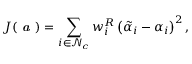
J ( \textbf { \em a } ) = \sum _ { i \in \mathcal { N } _ { c } } w _ { i } ^ { R } \left( \Tilde { \alpha } _ { i } - \alpha _ { i } \right) ^ { 2 } ,